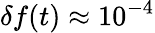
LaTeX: \delta f(t)\approx 10^{-4}